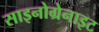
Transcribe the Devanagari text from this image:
साइनोग्रेनाइट